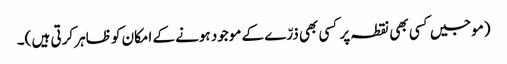
(موجیں کسی بھی نقطہ پر کسی بھی ذرّے کے موجود ہونے کے امکان کو ظاہر کرتی ہیں )۔